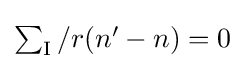
{\textstyle \sum _{\mathrm {I} }/r(n'-n)=0}